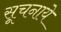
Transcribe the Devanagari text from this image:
सूचनाये